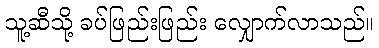
သူ့ဆီသို့ ခပ်ဖြည်းဖြည်း လျှောက်လာသည်။